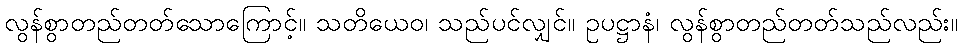
လွန်စွာတည်တတ်သောကြောင့်။ သတိယေဝ၊ သည်ပင်လျှင်။ ဥပဋ္ဌာနံ၊ လွန်စွာတည်တတ်သည်လည်း။